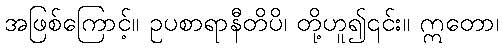
အဖြစ်ကြောင့်။ ဥပစာရာနီတိပိ၊ တို့ဟူ၍၎င်း။ ဣတော၊